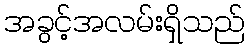
အခွင့်အလမ်းရှိသည်